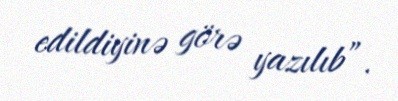
edildiyinə görə yazılıb”.